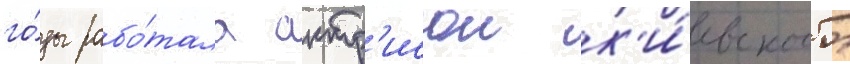
го́ды рабо́тала актр'исои к'и́евского